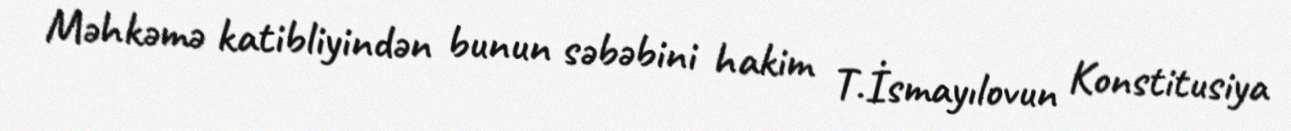
Məhkəmə katibliyindən bunun səbəbini hakim T.İsmayılovun Konstitusiya